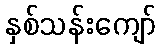
နှစ်သန်းကျော်